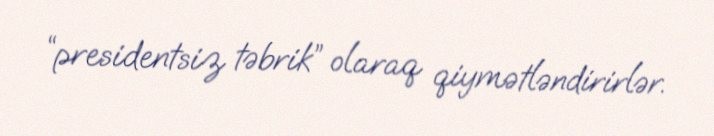
“presidentsiz təbrik” olaraq qiymətləndirirlər.